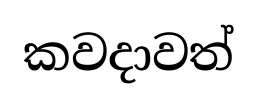
කවදාවත්